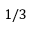
1 / 3